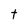
Character: t